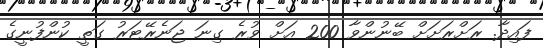
ފައިދާ. ރަށްރަށަށް ބޭނުންވާ 200 އަށް ވުރެ ގިނަ ޖަނެރޭޓަރު ގަތީ ކުންފުނީގެ